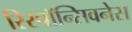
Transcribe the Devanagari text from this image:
रिस्पॉन्सिवनेस